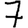
Digit: 7